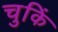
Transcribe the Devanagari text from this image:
चुकिं